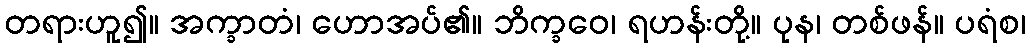
တရားဟူ၍။ အက္ခာတံ၊ ဟောအပ်၏။ ဘိက္ခဝေ၊ ရဟန်းတို့။ ပုန၊ တစ်ဖန်။ ပရံစ၊